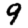
Digit: 9